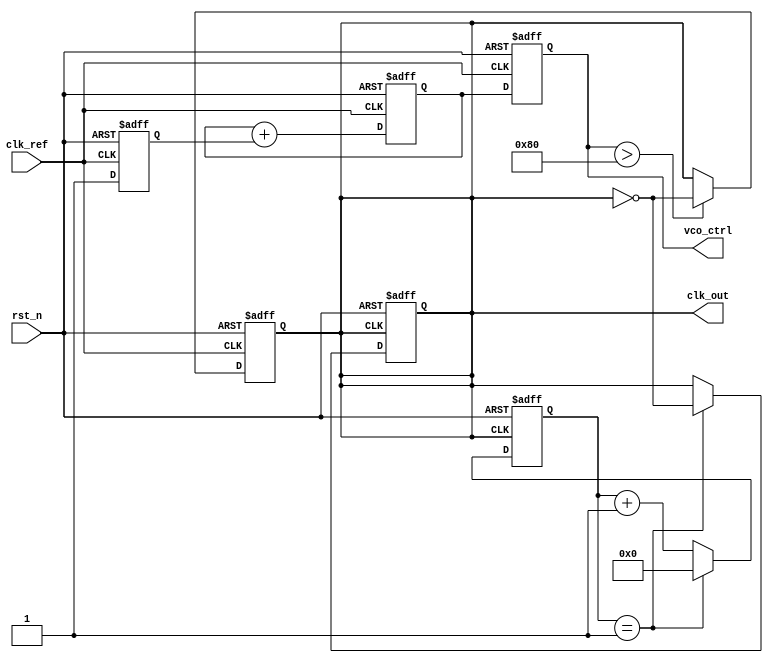
module low_jitter_pll (
    input wire clk_ref,         // Reference clock input
    input wire rst_n,          // Active low reset
    output reg clk_out,        // Output clock
    output reg [7:0] vco_ctrl  // Control signal for the VCO
);

// Phase Detector 
reg phase_error; // Phase error signal
always @(posedge clk_ref or negedge rst_n) begin
    if (!rst_n) begin
        phase_error <= 0;
    end else begin
        // Simple Phase Frequency Detector (PFD) logic
        // Assume clk_vco is sampled in your design
        // Here we can compare clk_ref with clk_vco
        // This is a placeholder - actual implementation would involve edge detection
        if (clk_ref) begin
            phase_error <= 1; // Example to indicate VCO needs to increase frequency
        end else begin
            phase_error <= 0; // Example to indicate VCO needs to decrease frequency
        end
    end
end

// Loop Filter (simple first order)
reg [7:0] loop_filter; // Loop filter output
always @(posedge clk_ref or negedge rst_n) begin
    if (!rst_n) begin
        loop_filter <= 0;
    end else begin
        loop_filter <= loop_filter + phase_error; // Simple integration of phase error
    end
end

// Voltage-Controlled Oscillator (VCO)
reg [7:0] vco_freq; // VCO frequency control
always @(posedge clk_ref or negedge rst_n) begin
    if (!rst_n) begin
        vco_freq <= 0;
        vco_ctrl <= 0;
        clk_out <= 0;
    end else begin
        // Adjust VCO frequency based on loop filter output
        vco_ctrl <= loop_filter; // Control voltage for VCO
        // Simple toggle mechanism for clock output based on VCO control
        if (vco_ctrl > 128) begin
            clk_out <= ~clk_out; // High frequency
        end else begin
            clk_out <= clk_out; // Keep state
        end
    end
end

// Frequency Divider
reg [3:0] div_counter; // Frequency division counter
parameter DIV_FACTOR = 2; // Example division factor

always @(posedge clk_out or negedge rst_n) begin
    if (!rst_n) begin
        div_counter <= 0;
        clk_out <= 0; // Reset output clock
    end else if (div_counter == DIV_FACTOR - 1) begin
        div_counter <= 0;
        clk_out <= ~clk_out; // Toggle output clock on division
    end else begin
        div_counter <= div_counter + 1;
    end
end

endmodule